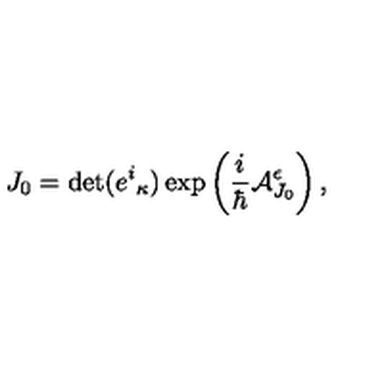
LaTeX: J _ { 0 } = \det ( e ^ { i } { } _ { \kappa } ) \exp \left( \frac { i } { \hbar } { \cal A } _ { J _ { 0 } } ^ { \epsilon } \right) ,